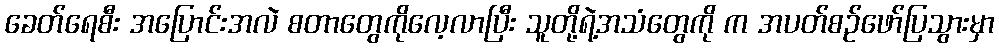
ခေတ်ရေစီး အပြောင်းအလဲ စတာတွေကိုလေ့လာပြီး သူတို့ရဲ့အသံတွေကို က အပတ်စဉ်ဖော်ပြသွားမှာ